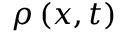
\rho \left( x , t \right)